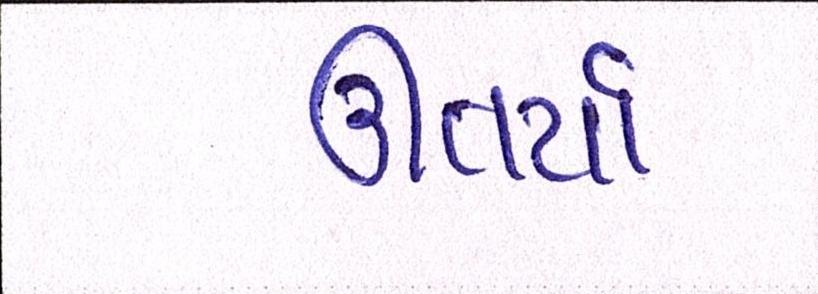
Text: ઉતર્યા